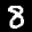
Label: 8